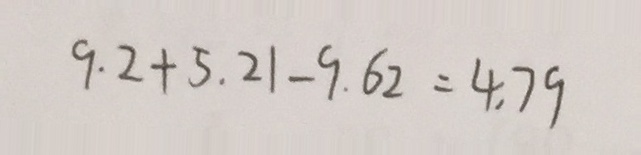
9 . 2 + 5 . 2 1 - 9 . 6 2 = 4 . 7 9